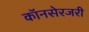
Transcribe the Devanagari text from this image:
कॉनसेरजरी